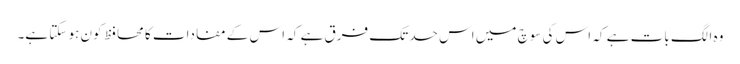
وہ الگ بات ہے کہ اس کی سوچ میں اس حد تک فرق ہے کہ اس کے مفادات کا محافظ کون ہو سکتا ہے۔